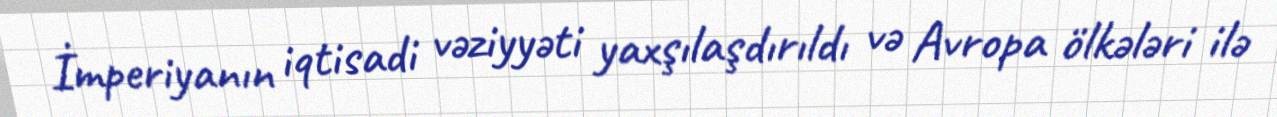
İmperiyanın iqtisadi vəziyyəti yaxşılaşdırıldı və Avropa ölkələri ilə